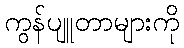
ကွန်ပျူတာများကို